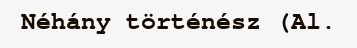
Néhány történész (Al.